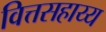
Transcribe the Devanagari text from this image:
वित्तसहाय्य